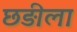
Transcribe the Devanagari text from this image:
छड़ीला